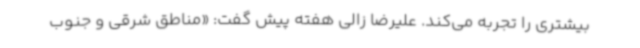
بیشتری را تجربه می‌کند. علیرضا زالی هفته پیش گفت: «مناطق شرقی و جنوب